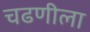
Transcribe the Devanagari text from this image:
चढणीला